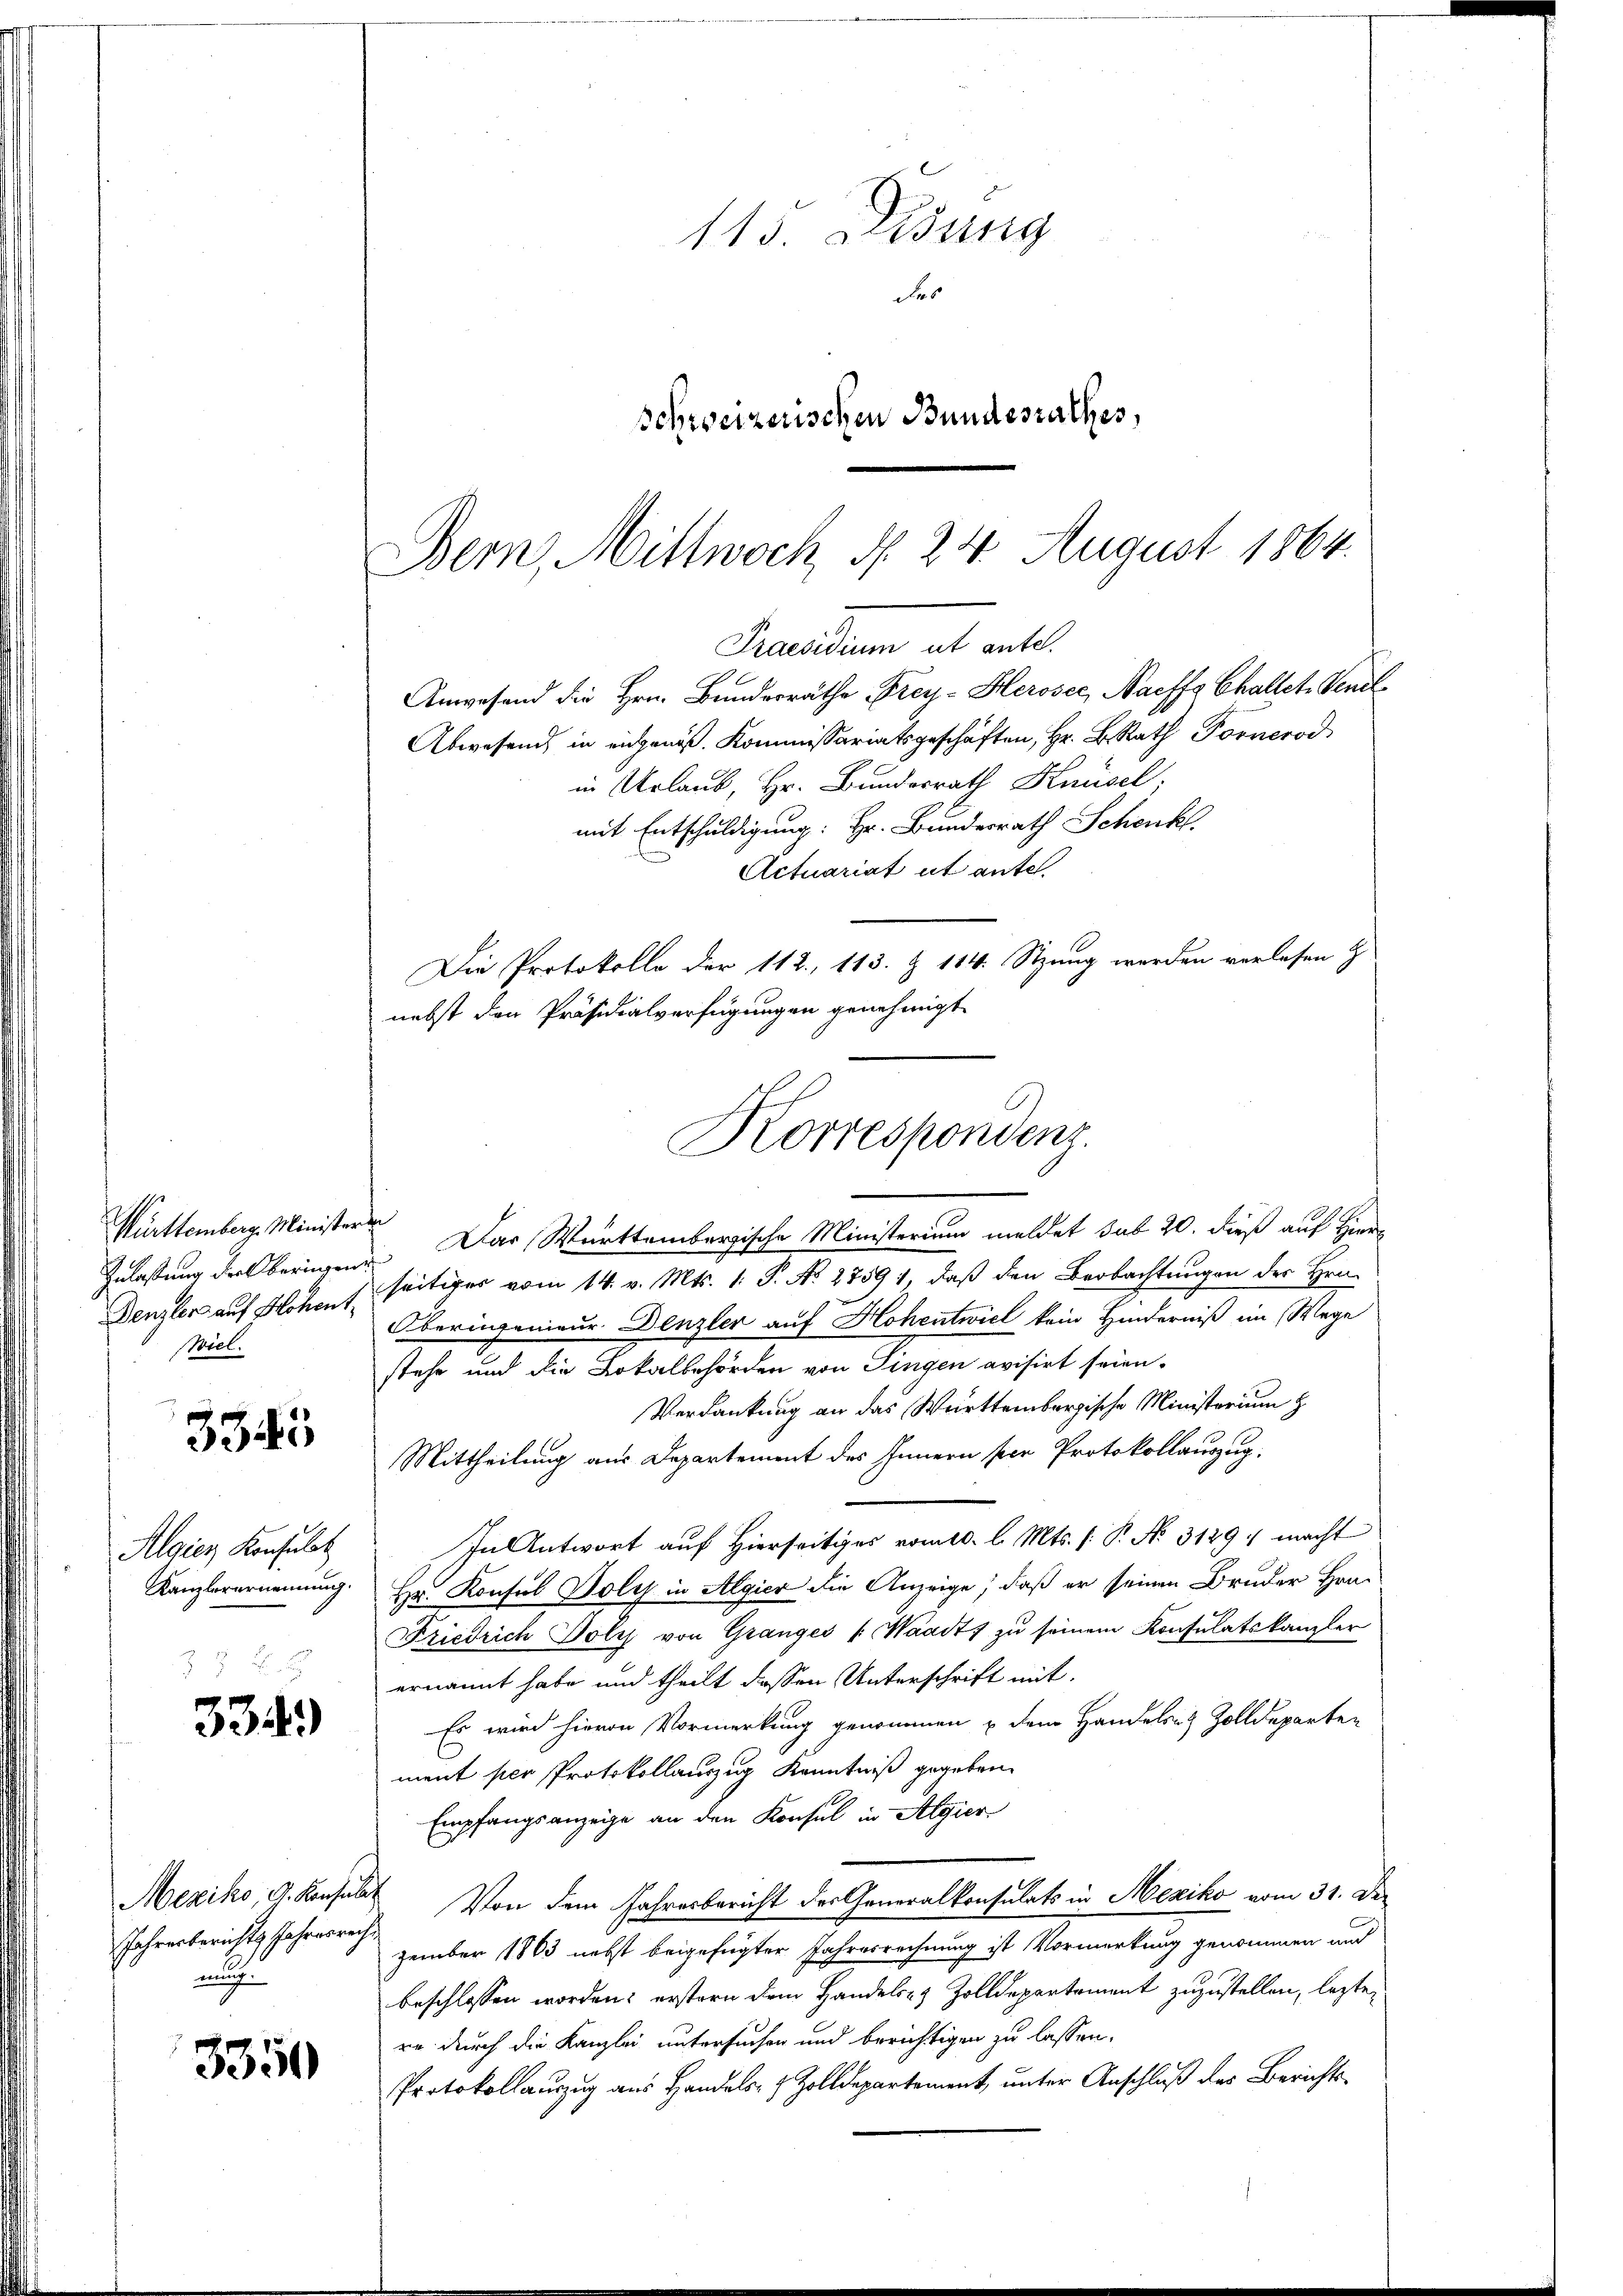
Württemberg Minister
Inlassung der Oberingen
Denzler auf Hohent
Wiel.

3345

Algien Konsulat
Kanzlerernennung.

334)

Mexiko G. Konsula
Jahrenberichts Jahresrech
nung

3350

Bern, Mittwoch §. 24. August 1864.
Praesidium ut ante.
Anwesend die Hrn. Bundesräthe Frey-Herosec Naeffa Challet, Venil

115 Dedung
des
Schweizerischen Bundesrathes,

Abwesend in entgenoß. Kommissariatsgeschäften, Hr. B. Rath Fornerod
in Urlaub, Hr. Bundesrath Knüsel;
mit Entschuldigung: Hr. Bundesrath Schenk.
Actuariat it ante
Die Protokolle der 112, 113. & 114. Stzung werden verlesen z
nebst den Präsidialverfügungen genehmigt
t
Das Württembergische Ministerium meldet sub 20. dieß auf Hier
seitiges vom 14. v. Mts. 1. P. No 2759 1, daß den Beobachtungen des Hrn.
Oberingenieur Denzler auf Hohentwiel kein Hinderniß im Wege
stehe und die Lokalbehörden von Fingen avisirt seien.
Verdankung an das Württembergische Ministerium z
Mittheilung aus Departement des Innern per Protokollauszug.
In Antwort auf Hierseitiges vom 10. l. Mts. /: P. No. 3129: macht
Hr. Konsul Holz in Algier die Anzeige, daß er seinen Bruder Hrn.
Friedrich Poly von Granges (Waadt, zu seinem Konsulatskanzler
ernannt habe und theilt dessen Unterschrift mit
Es wird hievon Vormerkung genommen u dem Handels Zolldeparten
ment per Protokollauszug Kenntniß gegeben.
Empfangsanzeige an den Konsul in Algier
Von dem Jahresbericht des Generalkonsulats in Mexiko vom 31. De
zember 1803 nebst beigefügter Jahresrechnung ist Vormerkung genommen und
beschlossen worden: erstern dem Handels- & Zolldepartement zuzustellen, lezten
re durch die Kanzlei untersuchen und berichtigen zu lassen.
Protokollauszug aus Handels- & Zolldepartement, unter Anschluß des Berichts¬

Korrespondenz